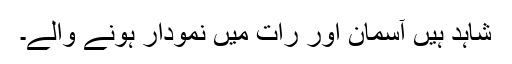
شاہد ہیں آسمان اور رات میں نمودار ہونے والے۔